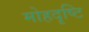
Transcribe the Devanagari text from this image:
मोहदृष्टि